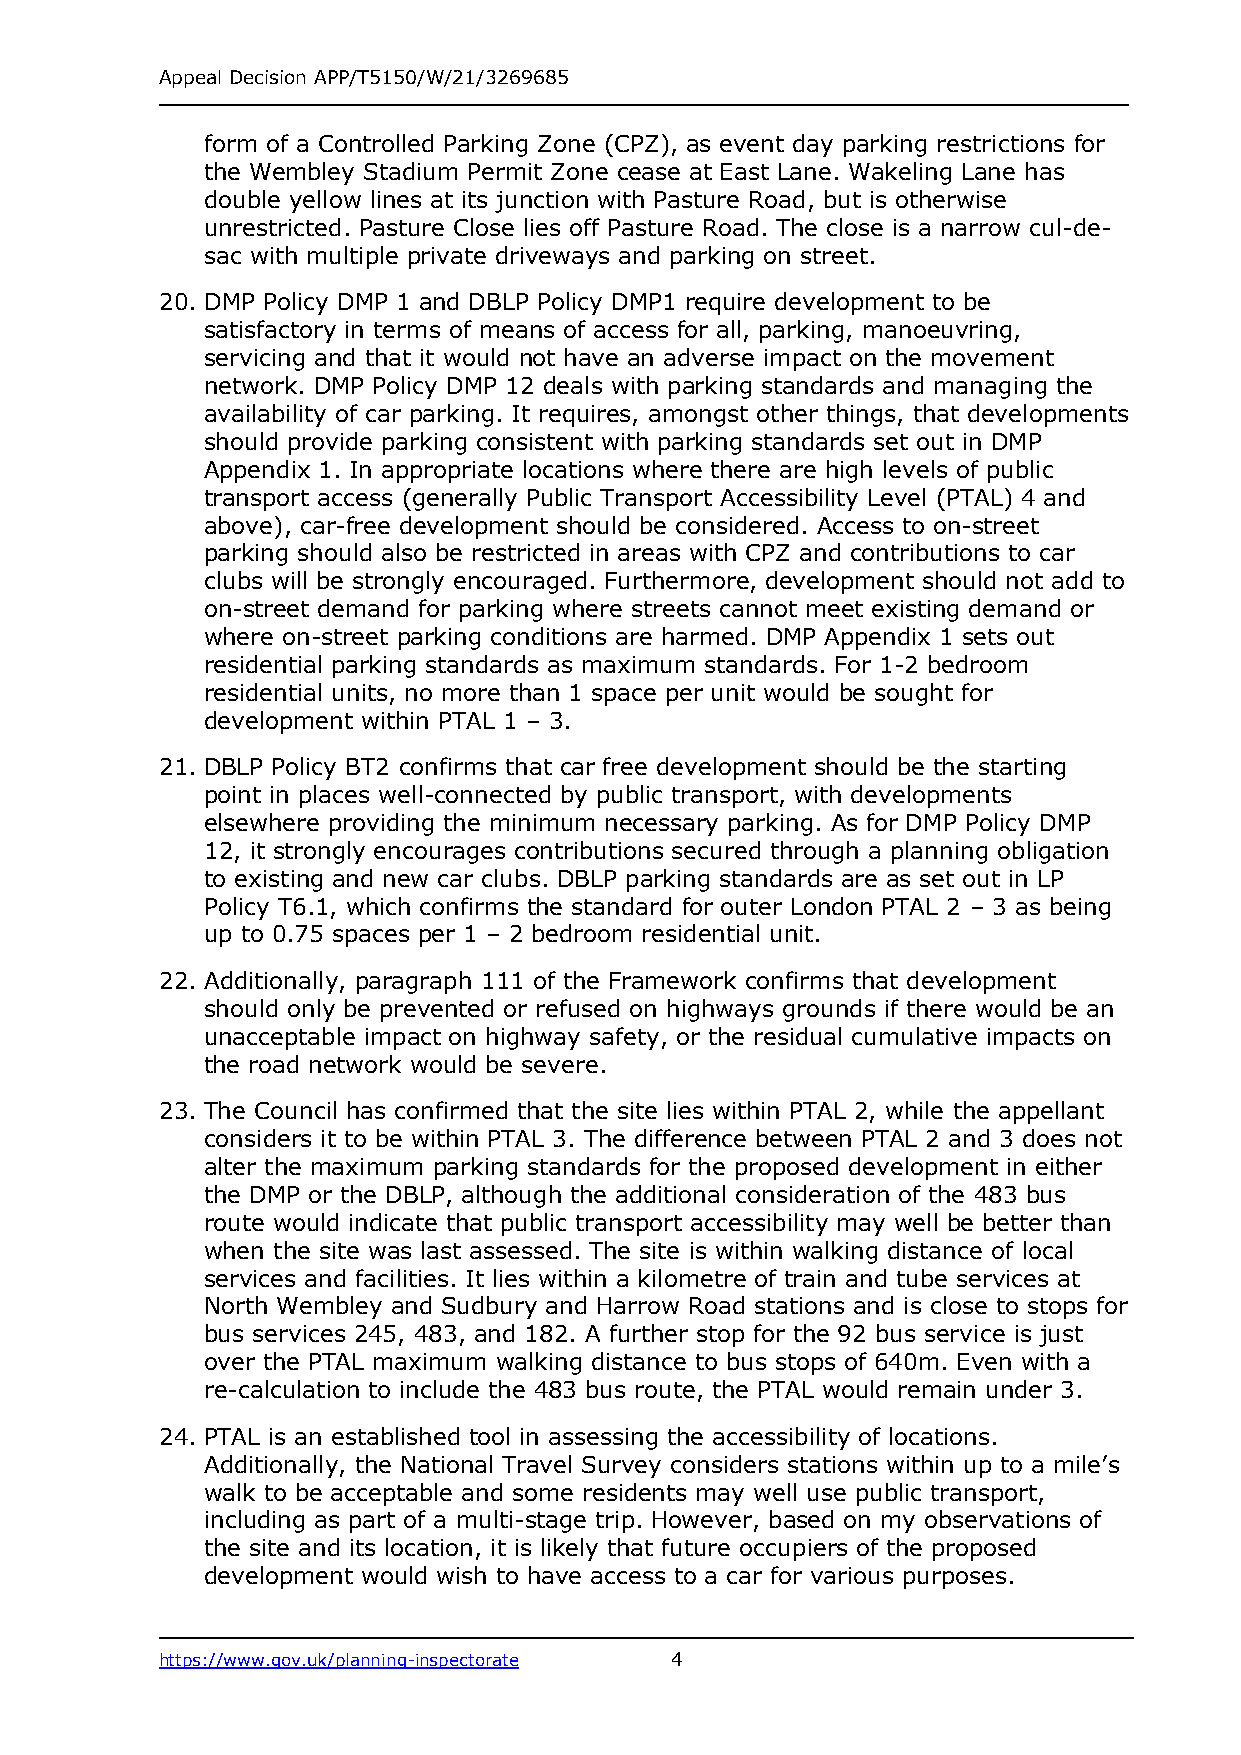
Appeal Decision APP/T5150/W/21/3269685
 form of a Controlled Parking Zone (CPZ), as event day parking restrictions for
 the Wembley Stadium Permit Zone cease at East Lane. Wakeling Lane has
 double yellow lines at its junction with Pasture Road, but is otherwise
 unrestricted. Pasture Close lies off Pasture Road. The close is a narrow cul-de-
 sac with multiple private driveways and parking on street.
 20. DMP Policy DMP 1 and DBLP Policy DMP1 require development to be
 satisfactory in terms of means of access for all, parking, manoeuvring,
 servicing and that it would not have an adverse impact on the movement
 network. DMP Policy DMP 12 deals with parking standards and managing the
 availability of car parking. It requires, amongst other things, that developments
 should provide parking consistent with parking standards set out in DMP
 Appendix 1. In appropriate locations where there are high levels of public
 transport access (generally Public Transport Accessibility Level (PTAL) 4 and
 above), car-free development should be considered. Access to on-street
 parking should also be restricted in areas with CPZ and contributions to car
 clubs will be strongly encouraged. Furthermore, development should not add to
 on-street demand for parking where streets cannot meet existing demand or
 where on-street parking conditions are harmed. DMP Appendix 1 sets out
 residential parking standards as maximum standards. For 1-2 bedroom
 residential units, no more than 1 space per unit would be sought for
 development within PTAL 1 – 3.
 21. DBLP Policy BT2 confirms that car free development should be the starting
 point in places well-connected by public transport, with developments
 elsewhere providing the minimum necessary parking. As for DMP Policy DMP
 12, it strongly encourages contributions secured through a planning obligation
 to existing and new car clubs. DBLP parking standards are as set out in LP
 Policy T6.1, which confirms the standard for outer London PTAL 2 – 3 as being
 up to 0.75 spaces per 1 – 2 bedroom residential unit.
 22. Additionally, paragraph 111 of the Framework confirms that development
 should only be prevented or refused on highways grounds if there would be an
 unacceptable impact on highway safety, or the residual cumulative impacts on
 the road network would be severe.
 23. The Council has confirmed that the site lies within PTAL 2, while the appellant
 considers it to be within PTAL 3. The difference between PTAL 2 and 3 does not
 alter the maximum parking standards for the proposed development in either
 the DMP or the DBLP, although the additional consideration of the 483 bus
 route would indicate that public transport accessibility may well be better than
 when the site was last assessed. The site is within walking distance of local
 services and facilities. It lies within a kilometre of train and tube services at
 North Wembley and Sudbury and Harrow Road stations and is close to stops for
 bus services 245, 483, and 182. A further stop for the 92 bus service is just
 over the PTAL maximum walking distance to bus stops of 640m. Even with a
 re-calculation to include the 483 bus route, the PTAL would remain under 3.
 24. PTAL is an established tool in assessing the accessibility of locations.
 Additionally, the National Travel Survey considers stations within up to a mile’s
 walk to be acceptable and some residents may well use public transport,
 including as part of a multi-stage trip. However, based on my observations of
 the site and its location, it is likely that future occupiers of the proposed
 development would wish to have access to a car for various purposes.
 https://www.gov.uk/planning-inspectorate 4